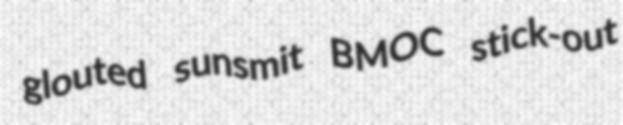
glouted sunsmit BMOC stick-out